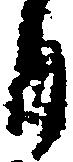
自